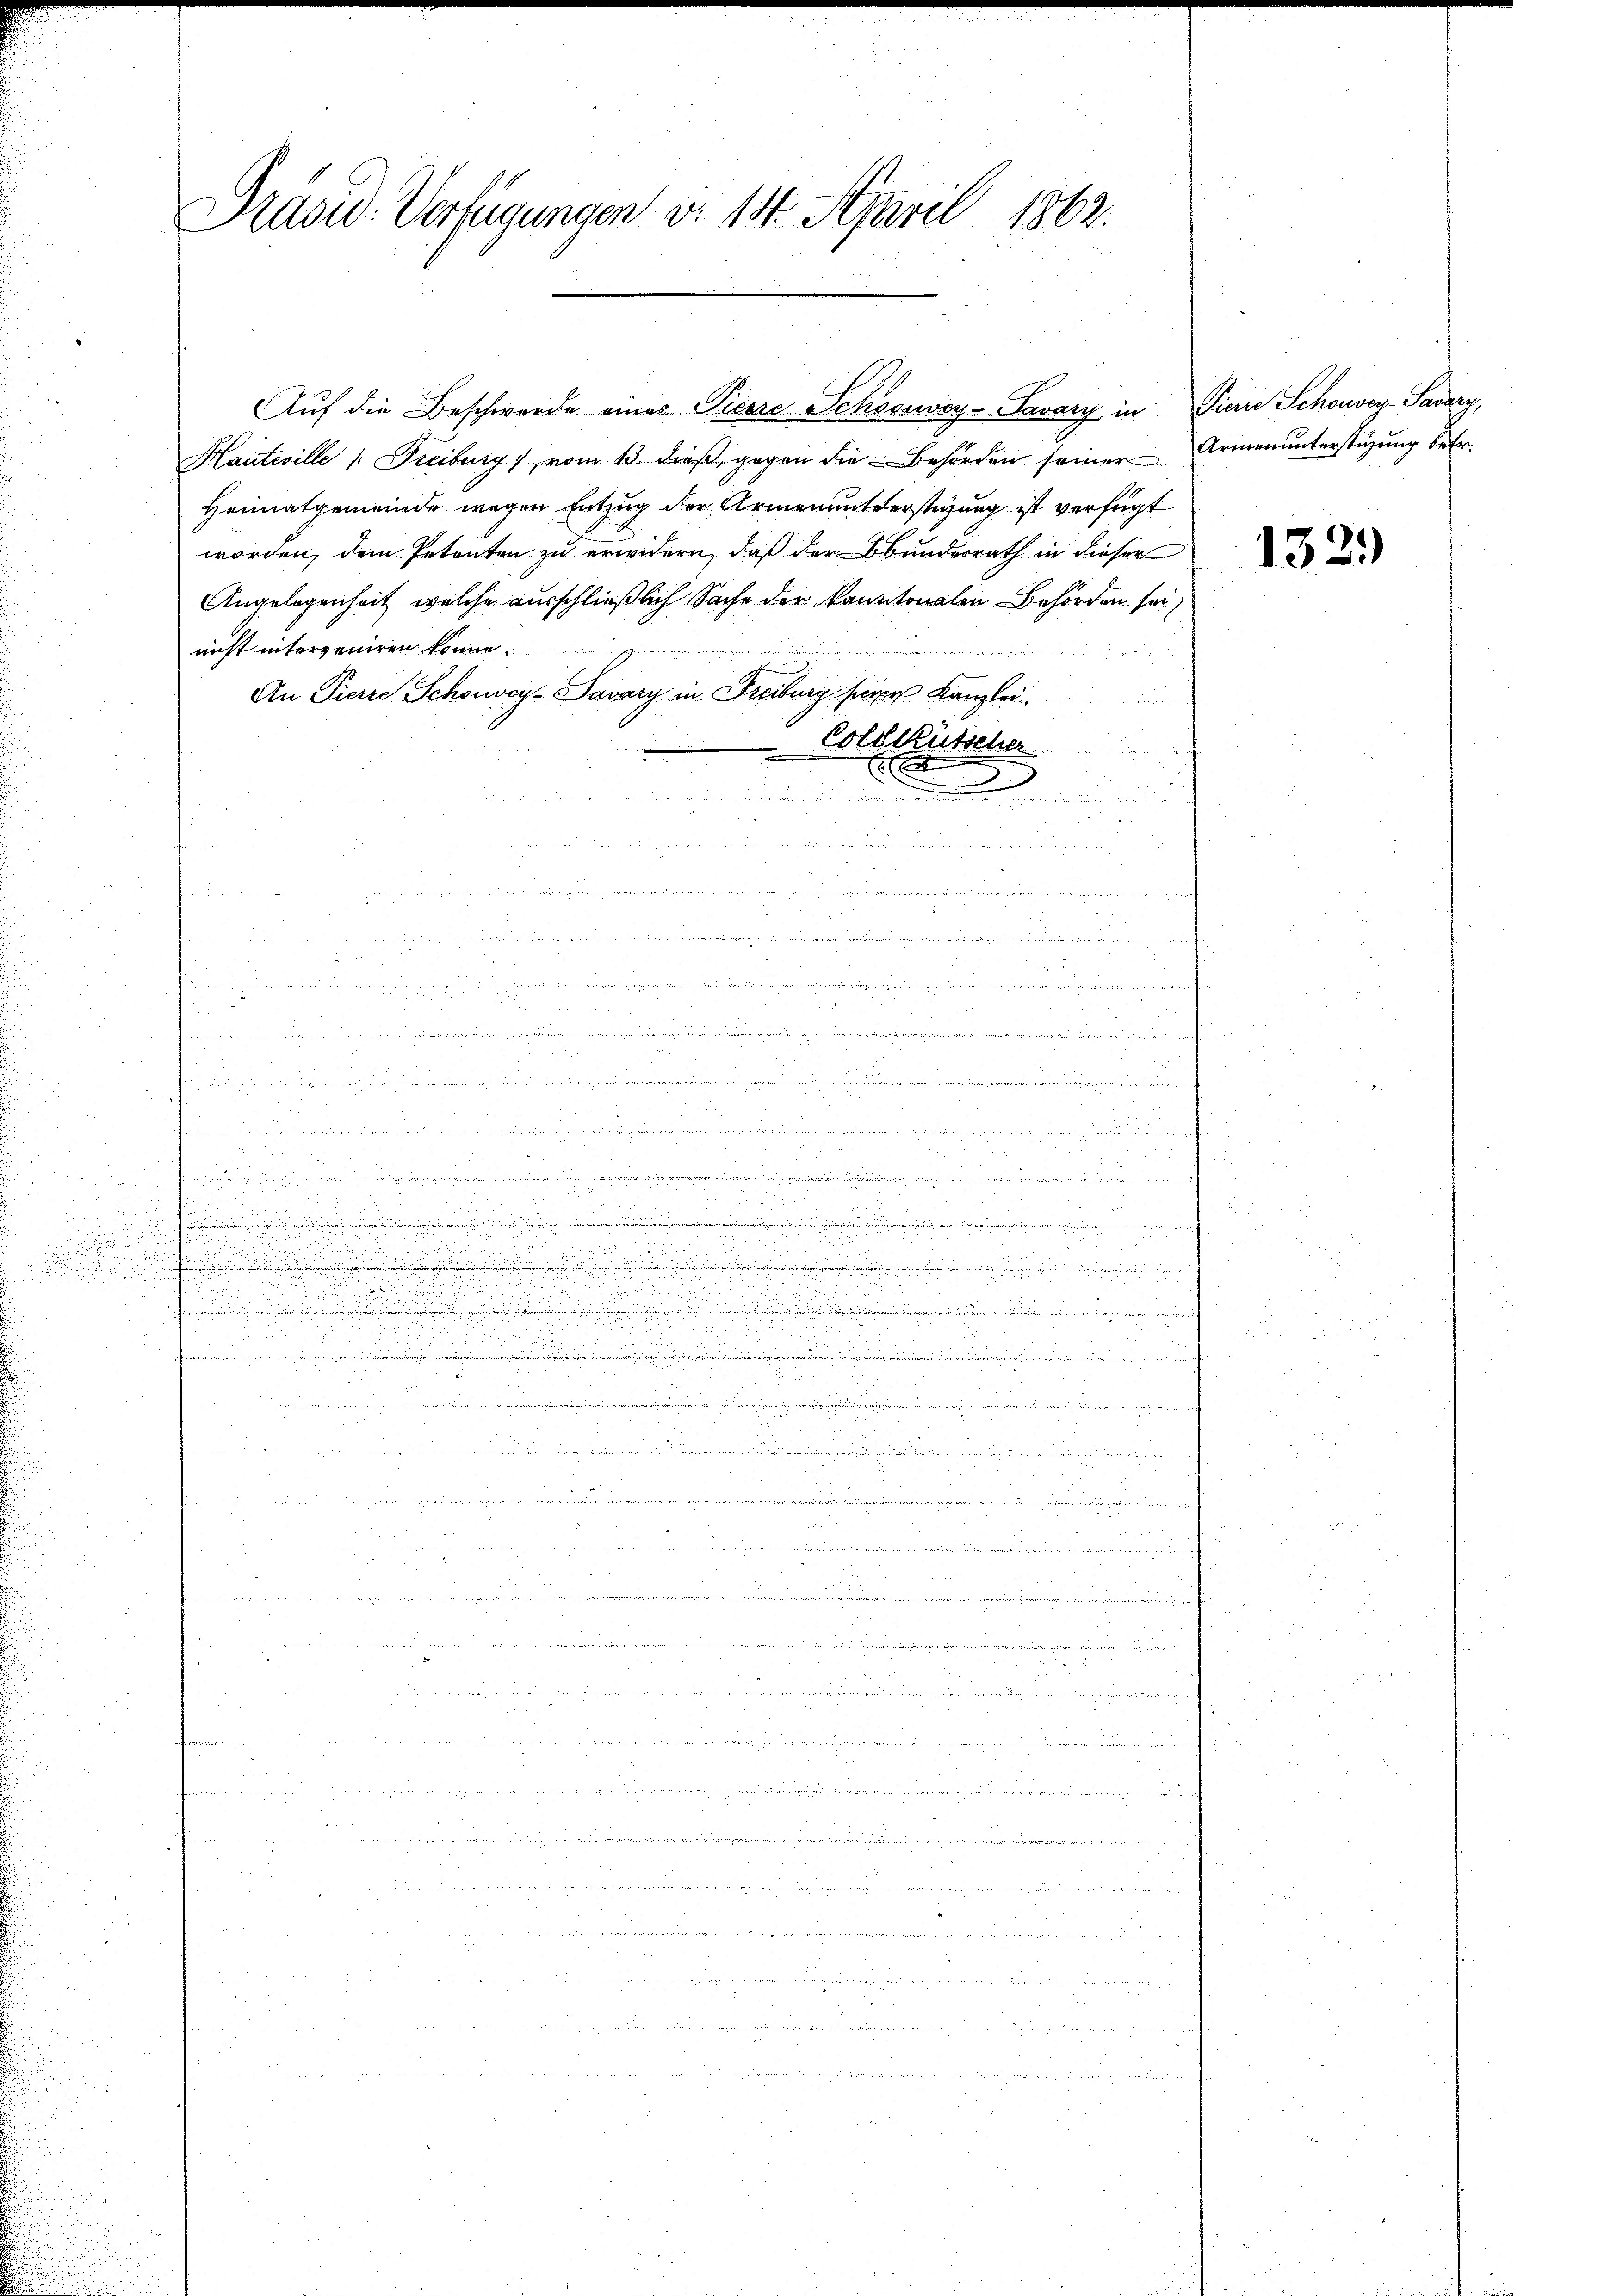
.

Präsid. Verfügungen v. 14. April 1862.
n B

Hauteville 1. Freiburg), vom 13. dieß, gegen die Behörden seiner Armenunterstüzung betr.
Heimatgemeinde wegen Entzug der Armenunterstüzung ist verfügt
worden, dem Petenten zu erwidern, daß der Bundesrath in dieser
Angelegenheit, welche ausschließlich Sache der kanntonalen Behörden sei
nicht interzeniren könne.
n
An Fierze Schönen Savary in Streiburg herer Kanzlei
Coldkutscher
E
e
e

.
2 x

e

i eine
r

n
n in an ich ist einige

 2
8
2

25

g
 45 x

20

dau
u

e
.
u
d

u
.
e
e
rinitionen
u
u

d
15 S. 22
1

5 f 0 x
e

.

 0 x

n

Auf die Beschwerde eines Pierre Schossey-Savar in Pierre Schönvey-Savary,

.
.

a

1329)